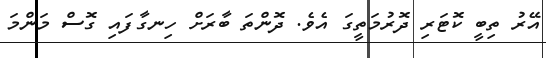
އޭރު ތިބީ ކޮޓަރި ދޮރުމަތީގަ އެވެ. ދޮންތަ ބާރަށް ހިނގާފައި ގޮސް މަންމަ